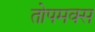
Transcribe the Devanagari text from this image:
तोपमक्स